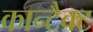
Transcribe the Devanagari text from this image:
कान्टैक्ट